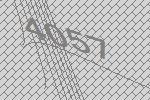
4057